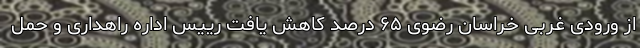
از ورودی غربی خراسان رضوی ۶۵ درصد کاهش یافت رییس اداره راهداری و حمل